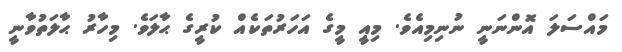
މައްސަލަ އޮންނަނީ ނުނިމިއެވެ. މިއީ މީގެ އަހަރުތަކެއް ކުރީގެ ޙާލަވެ. މިހާރު ޙާލަތުވާނީ